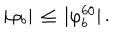
| \varphi _ { b } | \, \leq \, | \varphi _ { b } ^ { 6 0 } | \, .